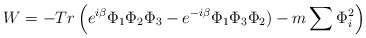
\begin{align*}W=- Tr \left( e^{i\beta}\Phi_1\Phi_2\Phi_3-e^{-i\beta}\Phi_1\Phi_3\Phi_2)-m\sum \Phi_i^2 \right)\end{align*}